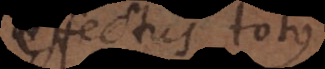
effectus totus